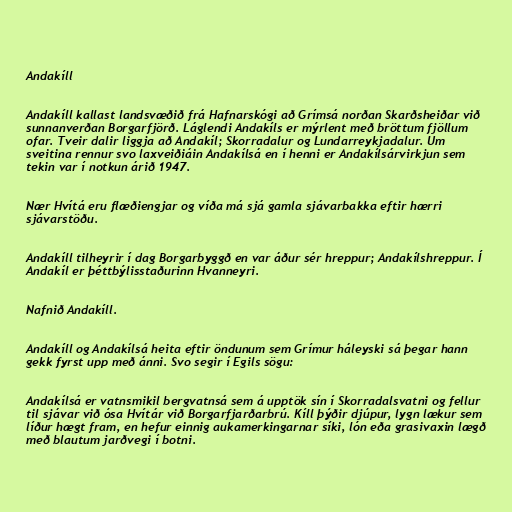
Andakíll

Andakíll kallast landsvæðið frá Hafnarskógi að Grímsá norðan Skarðsheiðar við
sunnanverðan Borgarfjörð. Láglendi Andakíls er mýrlent með bröttum fjöllum
ofar. Tveir dalir liggja að Andakíl; Skorradalur og Lundarreykjadalur. Um
sveitina rennur svo laxveiðiáin Andakílsá en í henni er Andakílsárvirkjun sem
tekin var í notkun árið 1947.

Nær Hvítá eru flæðiengjar og víða má sjá gamla sjávarbakka eftir hærri
sjávarstöðu.

Andakíll tilheyrir í dag Borgarbyggð en var áður sér hreppur; Andakílshreppur. Í
Andakíl er þéttbýlisstaðurinn Hvanneyri.

Nafnið Andakíll.

Andakíll og Andakílsá heita eftir öndunum sem Grímur háleyski sá þegar hann
gekk fyrst upp með ánni. Svo segir í Egils sögu:

Andakílsá er vatnsmikil bergvatnsá sem á upptök sín í Skorradalsvatni og fellur
til sjávar við ósa Hvítár við Borgarfjarðarbrú. Kíll þýðir djúpur, lygn lækur sem
líður hægt fram, en hefur einnig aukamerkingarnar síki, lón eða grasivaxin lægð
með blautum jarðvegi í botni.